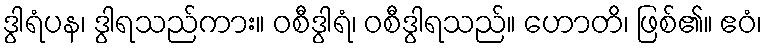
ဒွါရံပန၊ ဒွါရသည်ကား။ ဝစီဒွါရံ၊ ဝစီဒွါရသည်။ ဟောတိ၊ ဖြစ်၏။ ဧဝံ၊